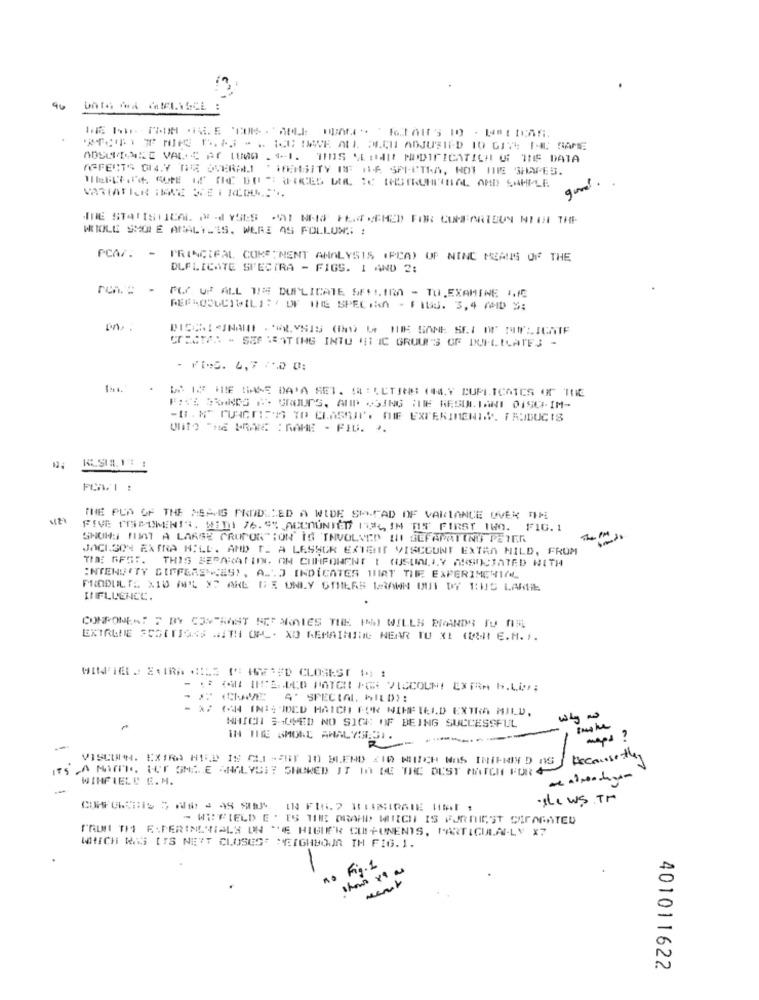
AOSCREARE VAL'S Af (UNO ."I. THIS VE HAD MODIFICATICH W: THE DATA
AFFECTS ON.Y TRE OVERALL
'IFERSITY OF IDA SPECTRA, NOT DIE SHAPES.
THE STATISTICAL #-d YSES RI NAIS FECEMED FOR CUMFORTEUN NICH THE
WIIOLE SHORE ANALYSIS. WERE AS FOLLOWS :
PCA/. - PRINCIPAL COKETNENT ANALYSIS (PCA) OF NINC KRAUS OF THE
DLFLICATE SPECTRA - FIGS. 1 AND 2:
ren. : -
PLY UP ALL WIS DUPLICATE SFFLIMA - TO.EXAMINE 11C
REPRODUCIBILITY OF THE SPECTA - FIUS. 3,4 AMD S;
CTISTA: - SEPARATING INTO #1 IC GROUP'S GE DUPLICATE] -
- FINS. 4,7 0 0:
U IS HE BASE DATA SET. SELETINN (44.Y DUPLICATES OF THE
FICA BRANDO #- GROUPS, AND USING THE RESULTANT 0ISO-IM-
-II. N" PURGE25 TD CLASSUP. THE EXPERIMENDY. FRUIDUCIS
UNITO THE KRAM DRAME - FIU. ..
THE PUN OF THE MEANS PRODSIED A WIDE SPFAD OF VARLANCE OVER THE
FIVE THEOMENIS, MIDI 76. 9% ACCOUNI'D ITY IN OIS FIRST 1WO. FIG. 1
SHOWS HUNT A LARGE PROPORTION IS INVOLVED INI SEFAPRIING PETER
JACKSON EXTRA HILL. AND T. A LESSOR EXTRIT VISCOUNT EXTRA MILD, FROM
TIME GEST. THIS SERAKALIIN. OM COMPONENT | (USUALLY ASSOCIATED WITH
:NYENUTY DIFFERENCES), A .. J INDICATES THAT THE EXPERIMENTAL
PRODUIL TL X10 A'L XT ARE DE ONLY OTHERS MARAWN OUT BY THIS LARE
INFLUENCE.
COMPONENT 7 BY CONTRAST SEPARATES THE HAY WILLS BRANDS TU NIE
EXTRAUE SCOUTING WITH QAL- XO REMAINING NEAR TO XI (DI E.H. P.
- 2 (CRAVE A SPECIAL WILD):
- X7 ( INI;IDED HATCHI FOR NIHFIEI.D EXTRA MILD,
WHICH SHOVED NO SICK OF BEING SUCCESSFUL
IN THE SMOKE ANALYSES1.
maps ?
-
VISCUON. EXTRA HELD IS CI -EBT 10 BLEND CID MIIICH WAS INIPMIY D AS
becausethey
S A MAIOR. UCT SMILE ANALYSIS SHOWED IT IN DE THE DUST MATCH FUR4
WINFIELD E. M.
se ws TH
- WEFIELD E . IS THERE DRAHD WHICH IS FORTUIEST CEPAGATED
PRON TI E:PERINE'NIALS ON "E HIGHER CUIFUNENTS, PARTICULAR-LY X7
WHICH WAS ITS NETT CLOSEST NEIGHBOUR IH FIG.1.
no Fig.1
ment
401011622